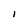
Character: I